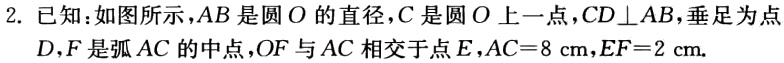
2. 已知：如图所示，\(AB\)是圆\(O\)的直径，\(C\)是圆\(O\)上一点，\(CD\perp AB\)，垂足为点\(D\)，\(F\)是弧\(AC\)的中点，\(OF\)与\(AC\)相交于点\(E\)，\(AC = 8\mathrm{cm}\)，\(EF = 2\mathrm{cm}\).